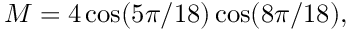
{ \cal M } = 4 \cos ( 5 \pi / 1 8 ) \cos ( 8 \pi / 1 8 ) ,